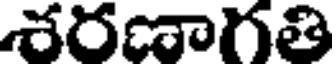
శరణాగతి